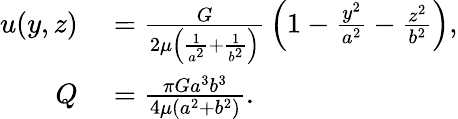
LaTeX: \begin{array}{rl}{u(y,z)}&{{}={\frac{G}{2\mu\left({\frac{1}{a^{2}}}+{\frac{1}{b^{2}}}\right)}}\left(1-{\frac{y^{2}}{a^{2}}}-{\frac{z^{2}}{b^{2}}}\right),}\\ {Q}&{{}={\frac{\pi Ga^{3}b^{3}}{4\mu(a^{2}+b^{2})}}.}\end{array}